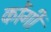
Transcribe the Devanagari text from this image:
कोंगी